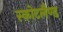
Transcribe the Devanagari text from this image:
स्कोटलैण्ड